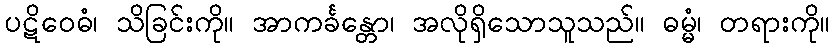
ပဋိဝေဓံ၊ သိခြင်းကို။ အာကင်္ခန္တော၊ အလိုရှိသောသူသည်။ ဓမ္မံ၊ တရားကို။